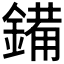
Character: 𮢫